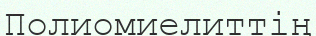
Полиомиелиттің